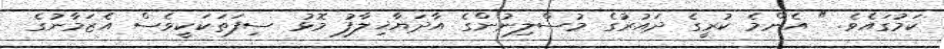
ކަމުގައެވެ. " އެންމެ ކުރީގެ ދައުރުގެ މުސްލިނުންގެ އާދަޔާޚިލާފު މޮޅު ސިފަތަކަކީވެސް އެޒަމާނުގެ